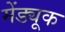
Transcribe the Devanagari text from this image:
मेंड्यूक